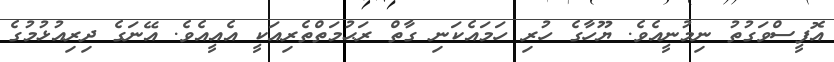
އޮފީސްވަގުތު ނިމުނީއެވެ. ޔޫހާގެ ހުރި ހަމައެކަނި ގާތް ރަޙުމަތްތެރިއަކީ އެއީއެވެ. އޭނަގެ ދިރިއުޅުމުގެ